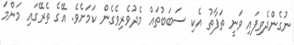
ނުގެންދެވިފައި ވަނީ ތަފާތު އެކި ސަބަބުތައް މެދުވެރިވެގެން ކަމަށެވެ. އޭގެ ތެރޭގައި މަންމަ